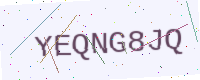
Text: YEQNG8JQ